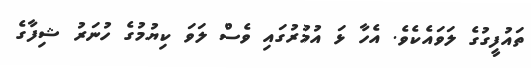
ތައުފީގުގެ ލަވައެކެވެ. އެހާ ޅަ އުމުރުގައި ވެސް ލަވަ ކިޔުމުގެ ހުނަރު ޝިފާގެ